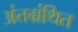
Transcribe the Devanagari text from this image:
अंतग्रंथित